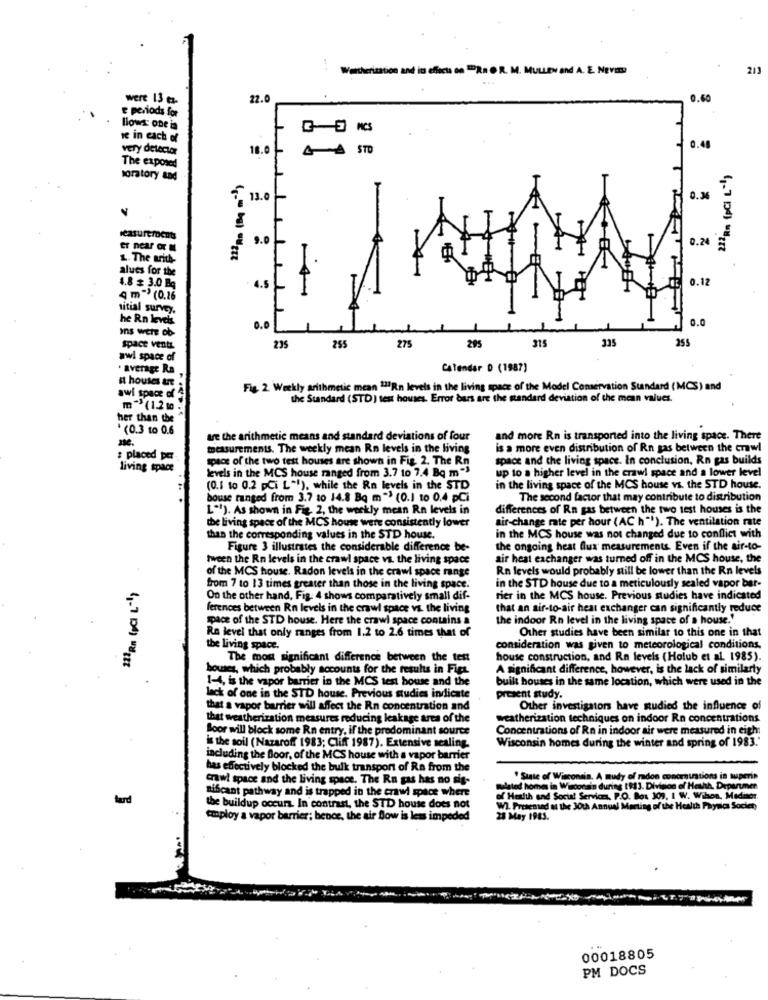
1
tation and its effects on ERROR. M. MULLEN and A. E. NEVES
213
were 13 ez-
22.
0.6
e periods for
Blows: one is
G E NCS
ve in each of
very detector
18.
STO
0.48
The exposed
soratory and
13.0
0.3
Icasu refocus
9.0
0.2
L. The arith-
alues for the
0.12
4.8 # 3.0 Bq
4.5
4 m" (0.26
sitial survey.
he Rn levels
0.0
Ins wete ob
O.D
275
295
215
335
255
space vents
235
255
awl space of
. average Ra
Calendar D (1987)
a houses are
Fig. 2. Weekly arithmetic mean 137Rn levels in the living space of the Model Conservation Standard (MCS) and
awi space of 4
the Standard (STD) test houses. Error bars are the mandard deviation of the mean values.
m"(1.2 to :
her than the
*(0.3 to 0.6
are the arithmetic means and standard deviations of four
and more Rn is transported into the living space. There
measurements. The weekly mean Rn levels in the living
is a more even distribution of Rn gas between the crawl
# placed pe
space of the two test houses are shown in Fig. 2. The Rn
space and the living space. In conclusion, Rn gas builds
living space
levels in the MCS house ranged from 3.7 to 7.4 Bq m-3
up to a higher level in the crawl space and a lower level
(0.1 to 0.2 pCi L""), while the Rn levels in the STD
in the living space of the MCS house vs. the STD house.
bouse ranged from 3.7 to 14.8 Bq m"> (0.1 to 0.4 pCi
The second factor that may contribute to distribution
L"!). As shown in Fig. 2, the weekly mean Rn levels in
differences of Rn gas between the two test houses is the
air-change rate per hour (AC h""). The ventilation rate
the living space of the MCS house were consistently lower
than the corresponding values in the STD house.
in the MCS house was not changed due to conflict with
Figure 3 illustrates the considerable difference be-
the ongoing heat flux measurements Even if the air-to-
tween the Rn levels in the crawl space vs. the living space
air heat exchanger was turned off in the MCS house, the
of the MCS house. Radon levels in the crawl space range
Rn levels would probably still be lower than the Rn levels
from 7 to 13 times greater than those in the living space.
in the STD house due to a meticulously sealed vapor bar-
On the other hand, Fig. 4 shows comparatively small dif-
rier in the MCS house. Previous studies have indicated
ferences between Rn levels in the crawl space vs. the living
that an air-to-air heat exchanger can significantly reduce
pace of the STD house. Here the crawl space contains a
the indoor Rn level in the living space of a house.'
Other studies have been similar to this one in that
Re level that only ranges from 1.2 to 2.6 times that of
the living space.
consideration was given to meteorological conditions,
The most significant difference between the test
house construction, and Rn levels (Holub et al. 1985).
bouses, which probably accounts for the results in Figt.
A significant difference, however, is the lack of similarty
1-4, is the vapor barrier in the MCS test house and the
built houses in the same location, which were used in the
lack of one in the STD house. Previous studies indicate
present study.
that a vapor barrier will affect the Rn concentration and
Other investigators have studied the influence of
that weatherization measures reducing leakage area of the
weatherization techniques on indoor Rn concentrations
Soor will block some Rn entry, if the predominant source
Concentrations of Rn in indoor air were measured in eight
Wisconsin homes during the winter and spring of 1983."
is the soil (Nazaroff 1983; Cliff 1987). Extensive sealing.
including the Boor, of the MCS house with a vapor barrier
has effectively blocked the bulk transport of Rn from the
crawl space and the living space. The Rn gas has no sig-
. State of Wisconsin. A mudy of radon concrsurations in superin
mulate homes in Wisconsin during 1913. Division of Hethh, Depurumen
nifcant pathway and is trapped in the crawl space where
of Health and Social Services, P.O. Box 303, 1 W. Wihon, Madmer.
the buildup occurs. In contrast, the STD house does not
WI. Fresemad at the JOth Annual Meeting of the Health Physical Society
employ a vapor barrier; hence, the air flow is less impeded
28 May 1983.
00018805
PM DOCS